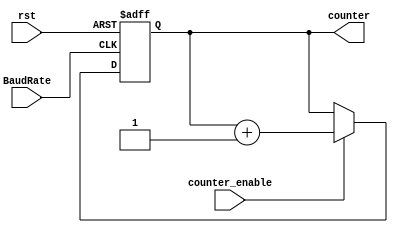
`default_nettype none
module Bit_counter(
    input wire BaudRate,
    input wire rst,
    input wire counter_enable,
    output reg [2:0] counter
);
    
    always@(posedge BaudRate or negedge rst)
        begin
            if(!rst) begin counter<='b0; end

            else if (counter_enable)
            begin 
                counter <= counter + 1'b1;
            end
        end

endmodule